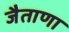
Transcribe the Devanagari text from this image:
जैताणा